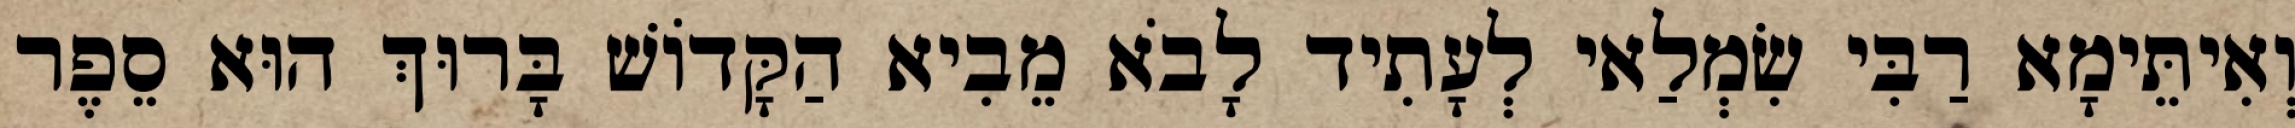
וְאִיתֵּימָא רַבִּי שִׂמְלַאי לְעָתִיד לָבֹא מֵבִיא הַקָּדוֹשׁ בָּרוּךְ הוּא סֵפֶר